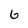
Character: G